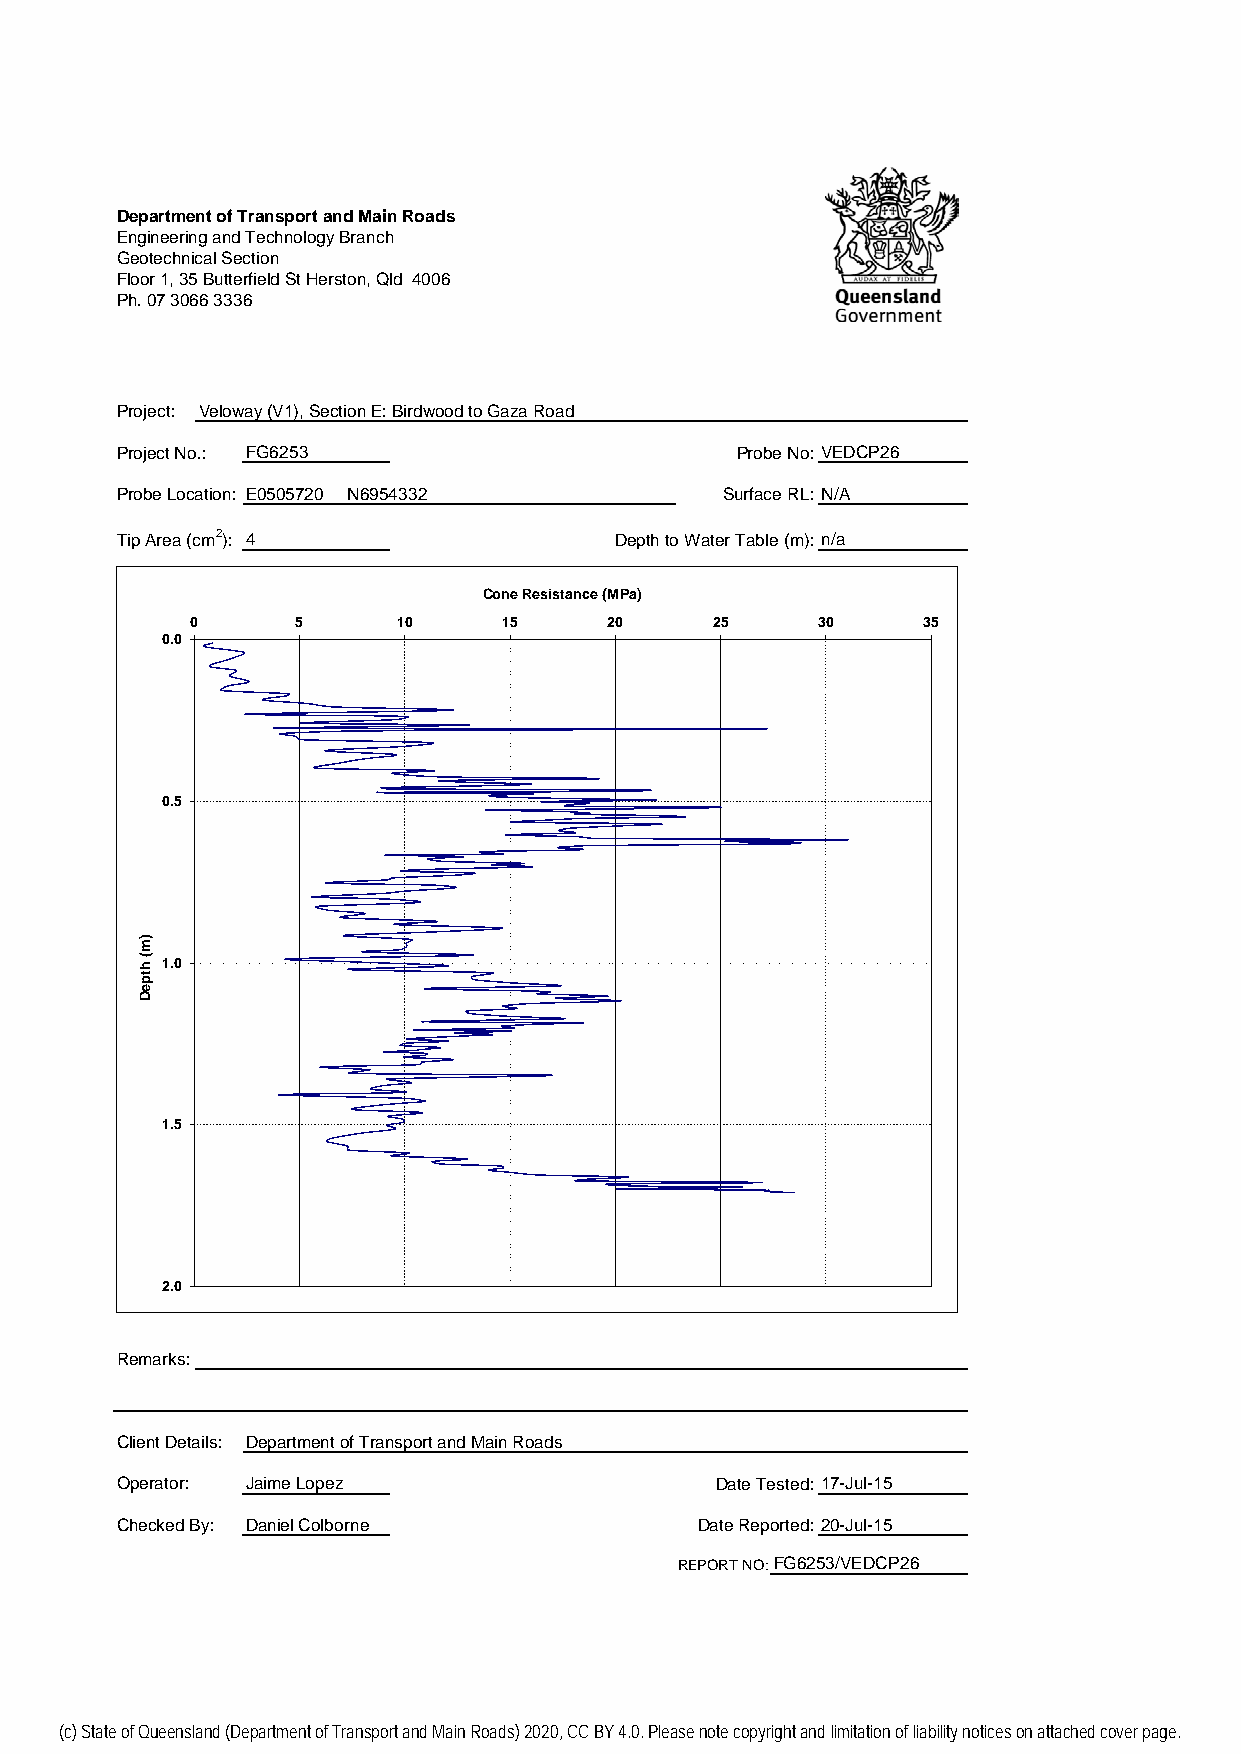
Department of Transport and Main Roads
 Engineering and Technology Branch
 Geotechnical Section
 Floor 1, 35 Butterfield St Herston, Qld 4006
 Ph. 07 3066 3336
 Project: Veloway (V1), Section E: Birdwood to Gaza Road
 Project No.: FG6253                      Probe No: VEDCP26
 Probe Location: E0505720 N6954332       Surface RL: N/A
 Tip Area (cm2): 4                Depth to Water Table (m): n/a
 Cone Resistance (MPa)
 0      5      10     15     20     25     30    35
 0.0
 0.5
 1.0
 1.5
 2.0
 Remarks:
 Client Details: Department of Transport and Main Roads
 Operator: Jaime Lopez                   Date Tested: 17-Jul-15
 Checked By: Daniel Colborne            Date Reported: 20-Jul-15
 REPORT NO:FG6253/VEDCP26
 )m(
 htpeD